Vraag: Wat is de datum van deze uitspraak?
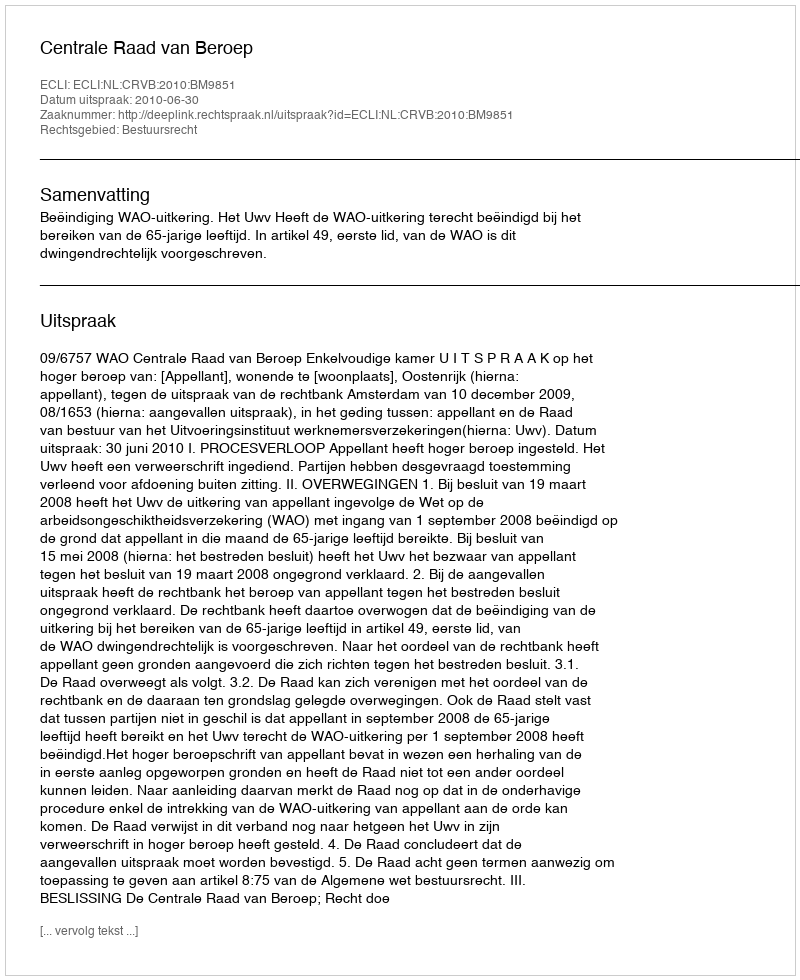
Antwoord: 2010-06-30